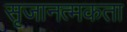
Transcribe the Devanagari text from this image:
सृजानत्मकता